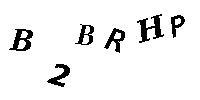
B2BRHP